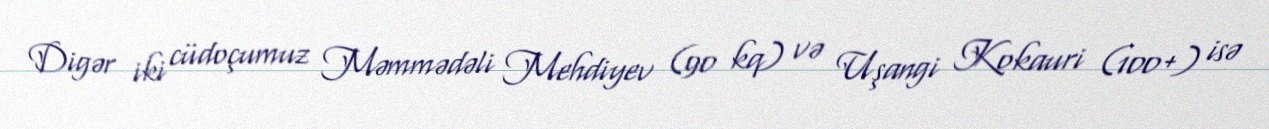
Digər iki cüdoçumuz Məmmədəli Mehdiyev (90 kq) və Uşangi Kokauri (100+) isə